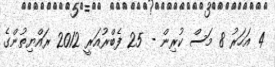
4 އަހަރު 8 މަސް ކުރިން - 25 ފެބްރުއަރީ 2012 ރައްޔިތުންގެ